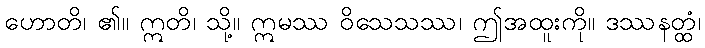
ဟောတိ၊ ၏။ ဣတိ၊ သို့။ ဣမဿ ဝိသေသဿ၊ ဤအထူးကို။ ဒဿနတ္ထံ၊